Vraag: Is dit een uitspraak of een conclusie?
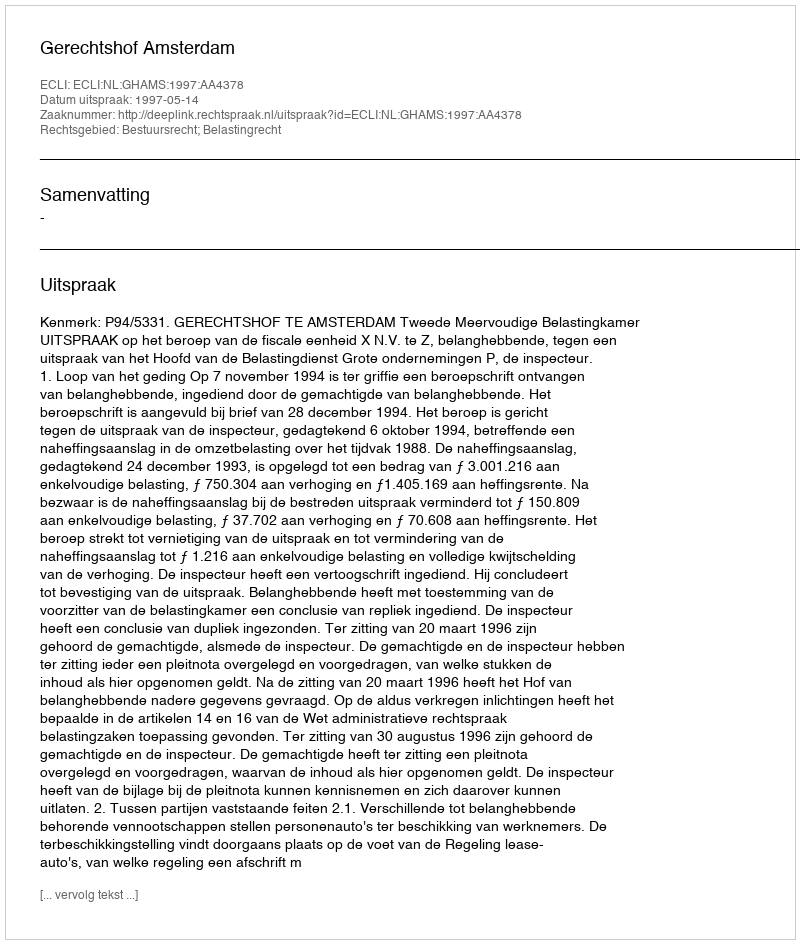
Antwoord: Uitspraak